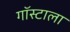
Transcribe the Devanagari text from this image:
गॉस्टाला